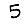
Digit: 5